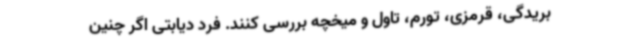
بریدگی، قرمزی، تورم، تاول و میخچه بررسی کنند. فرد دیابتی اگر چنین